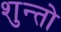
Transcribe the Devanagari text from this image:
शुन्तो